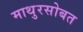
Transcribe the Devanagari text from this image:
माथुरसोबत